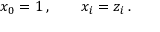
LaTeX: x _ { 0 } = 1 \, , \qquad x _ { i } = z _ { i } \, .